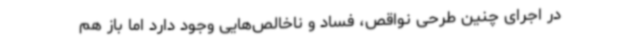
در اجرای چنین طرحی نواقص، فساد و ناخالص‌هایی وجود دارد اما باز هم